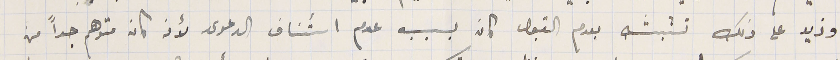
وزيد على ذلك تشبثه بعدم القبول كان بسبب عدم استئناف الدعوى لأنه كان متوهم جداً من